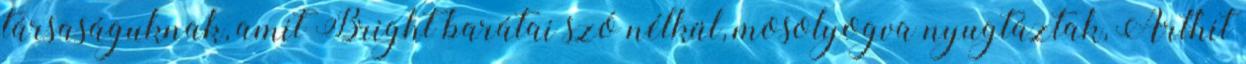
társaságuknak, amit Bright barátai szó nélkül, mosolyogva nyugtáztak, Arthit